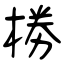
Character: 椦